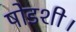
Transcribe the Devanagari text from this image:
षोडशी।